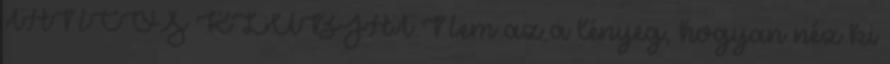
TÁNCOS KLUBJÁT Nem az a lényeg, hogyan néz ki